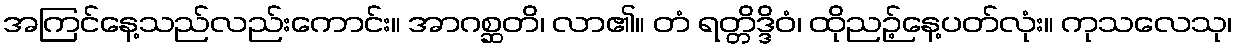
အကြင်နေ့သည်လည်းကောင်း။ အာဂစ္ဆတိ၊ လာ၏။ တံ ရတ္တိဒ္ဒိဝံ၊ ထိုညဉ့်နေ့ပတ်လုံး။ ကုသလေသု၊